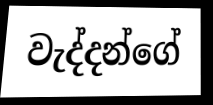
වැද්දන්ගේ